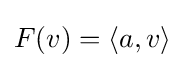
F(v)=\langle a,v\rangle